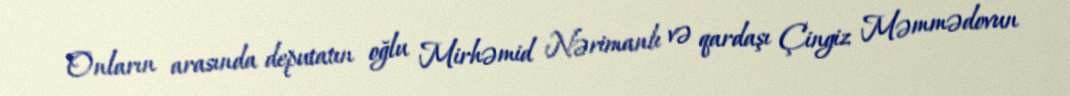
Onların arasında deputatın oğlu Mirhəmid Nərimanlı və qardaşı Çingiz Məmmədovun